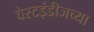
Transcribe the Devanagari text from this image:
वेस्टइंडीजच्या